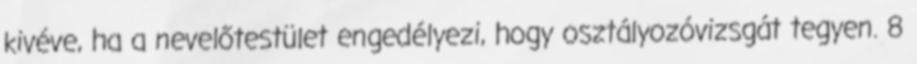
kivéve, ha a nevelőtestület engedélyezi, hogy osztályozóvizsgát tegyen. 8